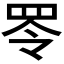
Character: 𦊓